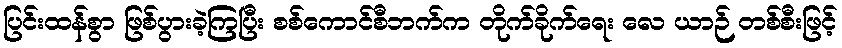
ပြင်းထန်စွာ ဖြစ်ပွားခဲ့ကြပြီး စစ်ကောင်စီဘက်က တိုက်ခိုက်ရေး လေ ယာဉ် တစ်စီးဖြင့်